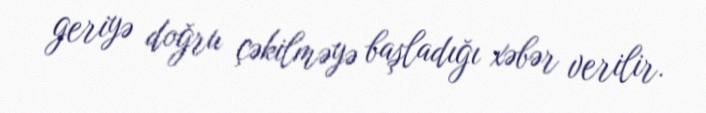
geriyə doğru çəkilməyə başladığı xəbər verilir.